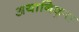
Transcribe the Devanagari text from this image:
अयानिकृत